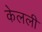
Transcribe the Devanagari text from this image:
केलली